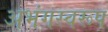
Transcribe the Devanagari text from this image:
अभंगस्वरूप